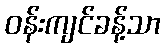
ဝန်းကျင်ခန့်သာ